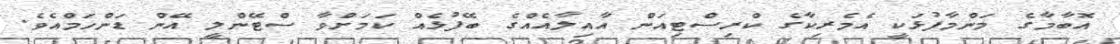
އޮބާމާގެ މަންމާފުޅަކީ އެމެރިކާގެ ކްރިސްޓިއަން އާއިލާއެއްގެ ބޭފުޅެއް ކަމަށްވާ ސްޓޭންލީ އޭން ޑަންހަމްއެވެ.